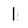
Character: 1